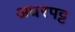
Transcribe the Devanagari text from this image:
अधरपट्ट